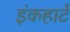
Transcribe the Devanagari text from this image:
इंकहार्ट